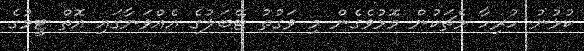
ކުޅުނު ހުރިހާ މެޗަކުން މޮޅުވެގެން މި ވަގުތު ޓޭބަލުގެ އެއްވަނާގައި އޮތް ޓީމުގެ